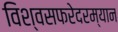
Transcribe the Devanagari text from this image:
विश्वसफरेदरम्यान